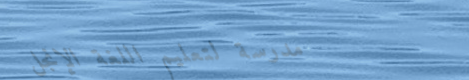
مدرسة لتعليم اللغة الإنجل